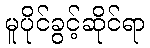
မူပိုင်ခွင့်ဆိုင်ရာ